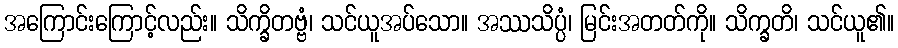
အကြောင်းကြောင့်လည်း။ သိက္ခိတဗ္ဗံ၊ သင်ယူအပ်သော။ အဿသိပ္ပံ၊ မြင်းအတတ်ကို။ သိက္ခတိ၊ သင်ယူ၏။